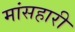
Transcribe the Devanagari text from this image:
मांसहारी